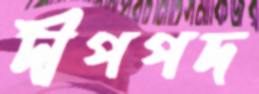
দীপপদ